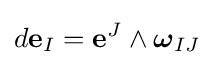
d{\bf {e}}_{I}={\bf {e}}^{J}\wedge {\boldsymbol {\omega }}_{IJ}